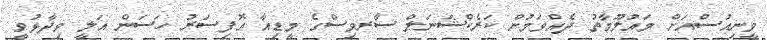
ވީނިއުސްއަށް މައުލޫމާތު ދެއްވަމުން ކަރެކްޝަނަލް ސާރވިސްގެ މީޑިއާ އޮފިސަރު ހަސަން އަލީ ވިދާޅުވީ